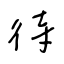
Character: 待